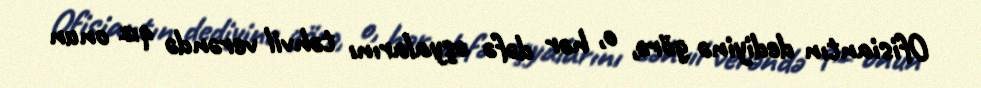
Ofisiantın dediyinə görə, o, hər dəfə əşyalarını təhvil verəndə qız onun